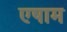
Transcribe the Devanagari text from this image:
एषाम